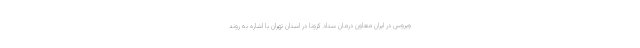
ویروس در ایران معاون درمان ستاد کرونا در استان تهران با اشاره به روند